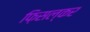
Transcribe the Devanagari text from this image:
फ़िसल्कर